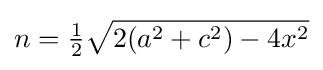
n={\tfrac {1}{2}}{\sqrt {2(a^{2}+c^{2})-4x^{2}}}